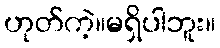
ဟုတ်ကဲ့။မရှိပါဘူး။